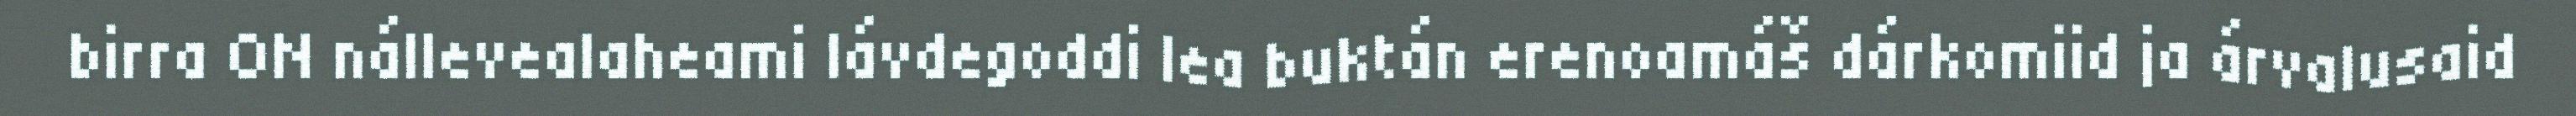
birra ON nállevealaheami lávdegoddi lea buktán erenoamáš dárkomiid ja árvalusaid